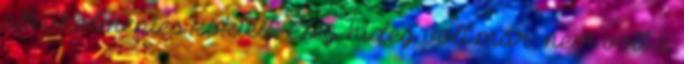
alkoholmentes koktélt. Elég hideg volt már, nem votl a